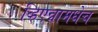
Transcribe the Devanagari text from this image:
व्हिएन्नामधेच